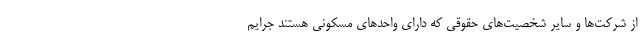
از شرکت‌ها و سایر شخصیت‌های حقوقی که دارای واحدهای مسکونی هستند جرایم